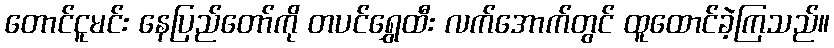
တောင်ငူမင်း နေပြည်တော်ကို တပင်ရွှေထီး လက်အောက်တွင် ထူထောင်ခဲ့ကြသည်။